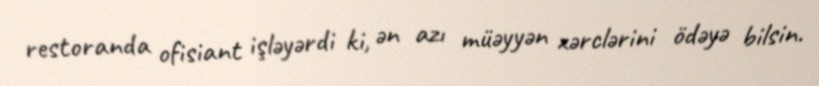
restoranda ofisiant işləyərdi ki, ən azı müəyyən xərclərini ödəyə bilsin.